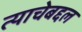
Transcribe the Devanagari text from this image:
त्याचेबद्दल